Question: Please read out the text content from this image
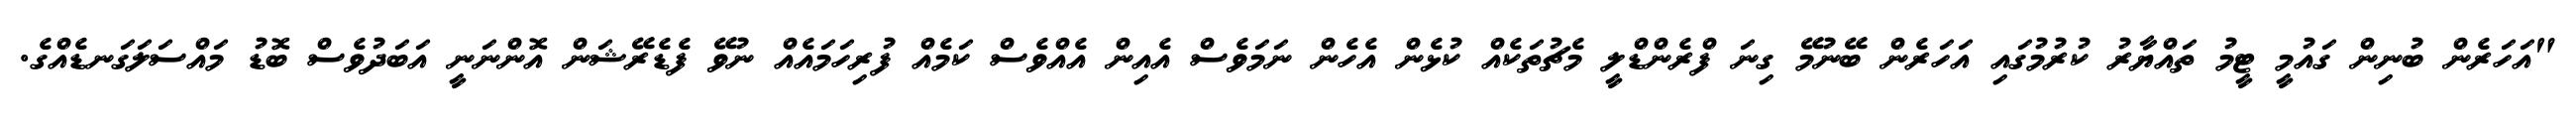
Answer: "އަހަރެން ބުނިން ގައުމީ ޓީމު ތައްޔާރު ކުރުމުގައި އަހަރެން ބޭނުމޭ ގިނަ ފްރެންޑްލީ މެޗުތަކެއް ކުޅެން އެހެން ނަމަވެސް އެއިން އެއްވެސް ކަމެއް ފުރިހަމައެއް ނުވޭ ފެޑެރޭޝަން އޮންނަނީ އަބަދުވެސް ބޮޑު މައްސަލަގަނޑެއްގެ.